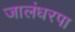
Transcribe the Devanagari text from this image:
जालंधरपा